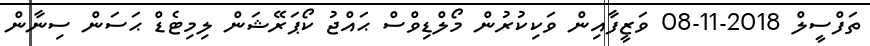
ތަފްސީލް 2018-11-08 ވަޒީފާއިން ވަކިކުރުން މޯލްޑިވްސް ޙައްޖު ކޯޕަރޭޝަން ލިމިޓެޑް ޙަސަން ސިނާން